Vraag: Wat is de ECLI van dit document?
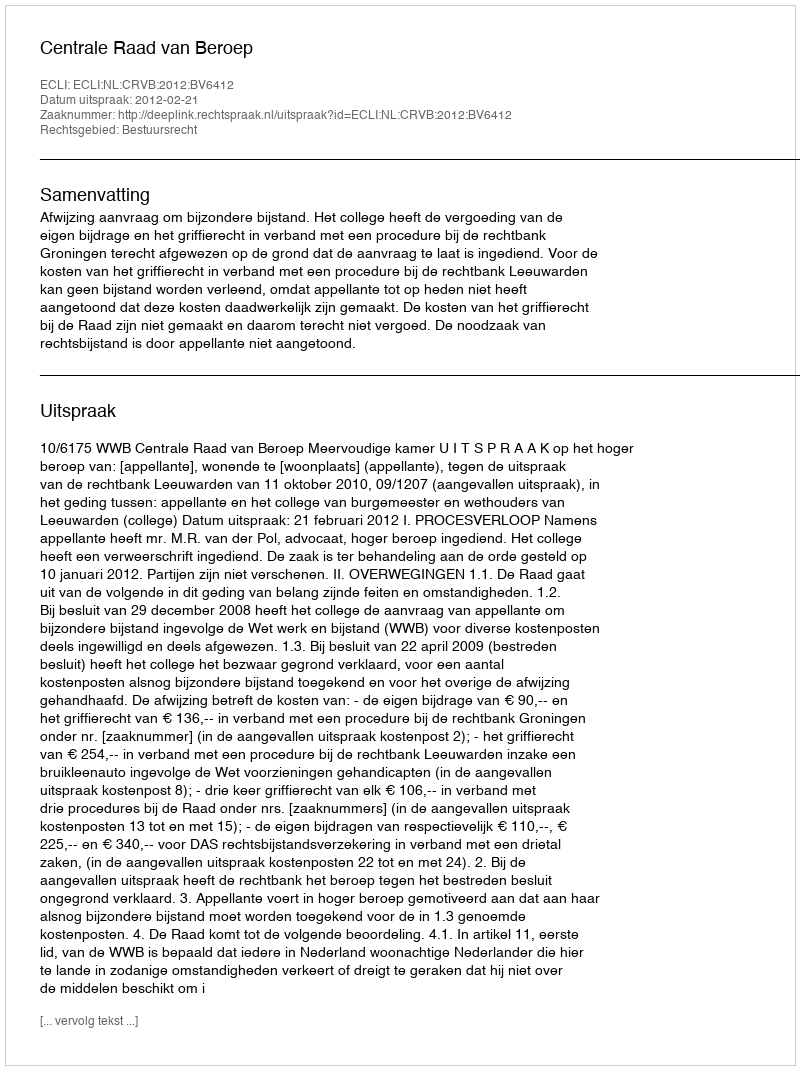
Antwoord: ECLI:NL:CRVB:2012:BV6412